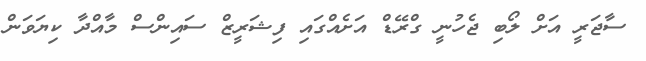
ސާޖަރީ އަށް ލޯބި ޖެހުނީ ގްރޭޑް އަށެއްގައި ފިޝަރީޒް ސައިންސް މާއްދާ ކިޔަވަން